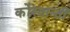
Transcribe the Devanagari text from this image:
कोंस्तान्ती